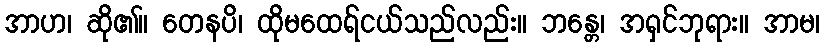
အာဟ၊ ဆို၏။ တေနပိ၊ ထိုမထေရ်ငယ်သည်လည်း။ ဘန္တေ၊ အရှင်ဘုရား။ အာမ၊